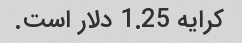
کرایه 1.25 دلار است.